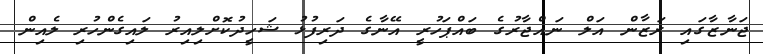
ޖަނާޒާގައި ރަޒާން އަލް ނައްޖާރުގެ ބައްޕަހުރީ އޭނާގެ ދަރިފުޅު ޝަހީދުކޮށްލިއިރު ލައިގެންހުރި ލެއިން